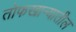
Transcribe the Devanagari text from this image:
तोफखान्यातील